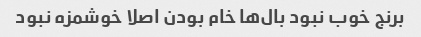
برنج خوب نبود بال‌ها خام بودن اصلا خوشمزه نبود